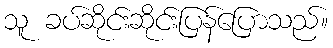
သူ ခပ်ဆိုင်းဆိုင်းပြန်ပြောသည်။